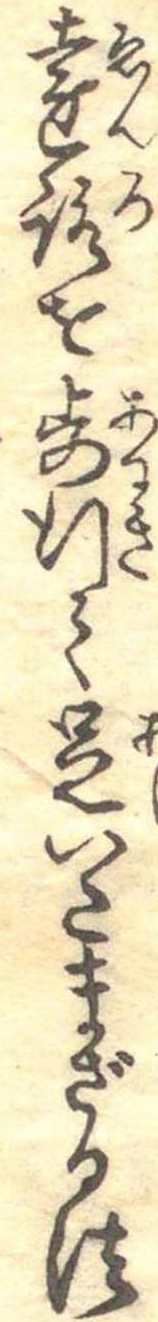
遠路を歩行て足いたまざる法